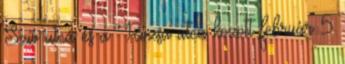
Szív utca és a Rózsa utca között február 5